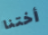
أختنا